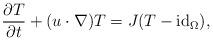
LaTeX: \begin{align*}\frac{\partial T}{\partial t}+(u\cdot\nabla)T=J(T-\mathrm{id}_{\Omega}),\end{align*}